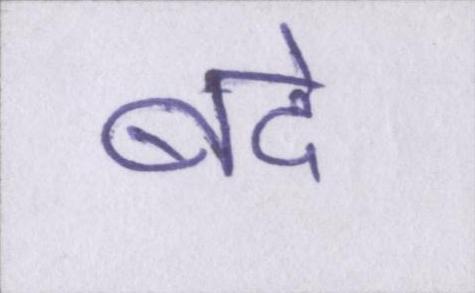
बंदे